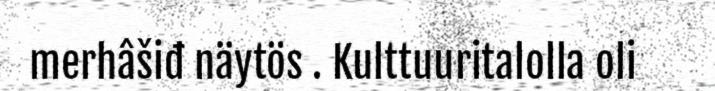
merhâšiđ näytös . Kulttuuritalolla oli